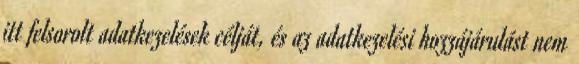
itt felsorolt adatkezelések célját, és az adatkezelési hozzájárulást nem